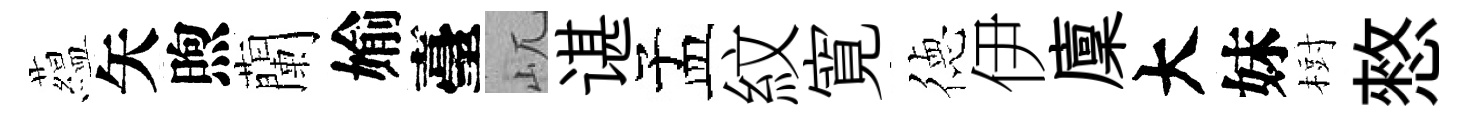
藴矢煦蘭媮臺屼谌孟紋寛徳伊廩大妹𣗳憗